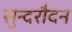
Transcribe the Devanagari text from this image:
सुन्दरौदन